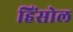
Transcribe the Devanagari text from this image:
हिंसोल